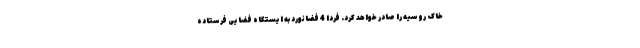
خاک روسیه را صادر خواهد کرد. فردا 4 فضانورد به ایستگاه فضایی فرستاده